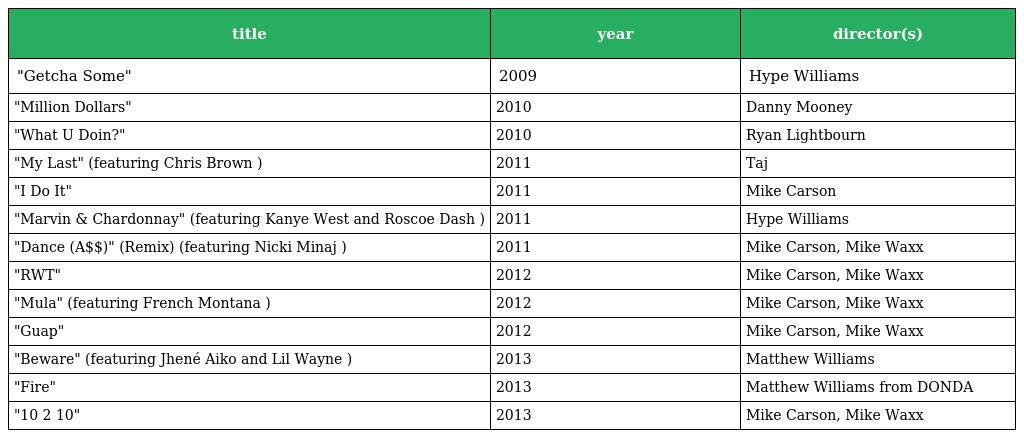
| title | year | director(s) |
 | --- | --- | --- |
 | "Getcha Some" | 2009 | Hype Williams |
 | "Million Dollars" | 2010 | Danny Mooney |
 | "What U Doin?" | 2010 | Ryan Lightbourn |
 | "My Last" (featuring Chris Brown ) | 2011 | Taj |
 | "I Do It" | 2011 | Mike Carson |
 | "Marvin & Chardonnay" (featuring Kanye West and Roscoe Dash ) | 2011 | Hype Williams |
 | "Dance (A$$)" (Remix) (featuring Nicki Minaj ) | 2011 | Mike Carson, Mike Waxx |
 | "RWT" | 2012 | Mike Carson, Mike Waxx |
 | "Mula" (featuring French Montana ) | 2012 | Mike Carson, Mike Waxx |
 | "Guap" | 2012 | Mike Carson, Mike Waxx |
 | "Beware" (featuring Jhené Aiko and Lil Wayne ) | 2013 | Matthew Williams |
 | "Fire" | 2013 | Matthew Williams from DONDA |
 | "10 2 10" | 2013 | Mike Carson, Mike Waxx |